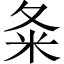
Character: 夈